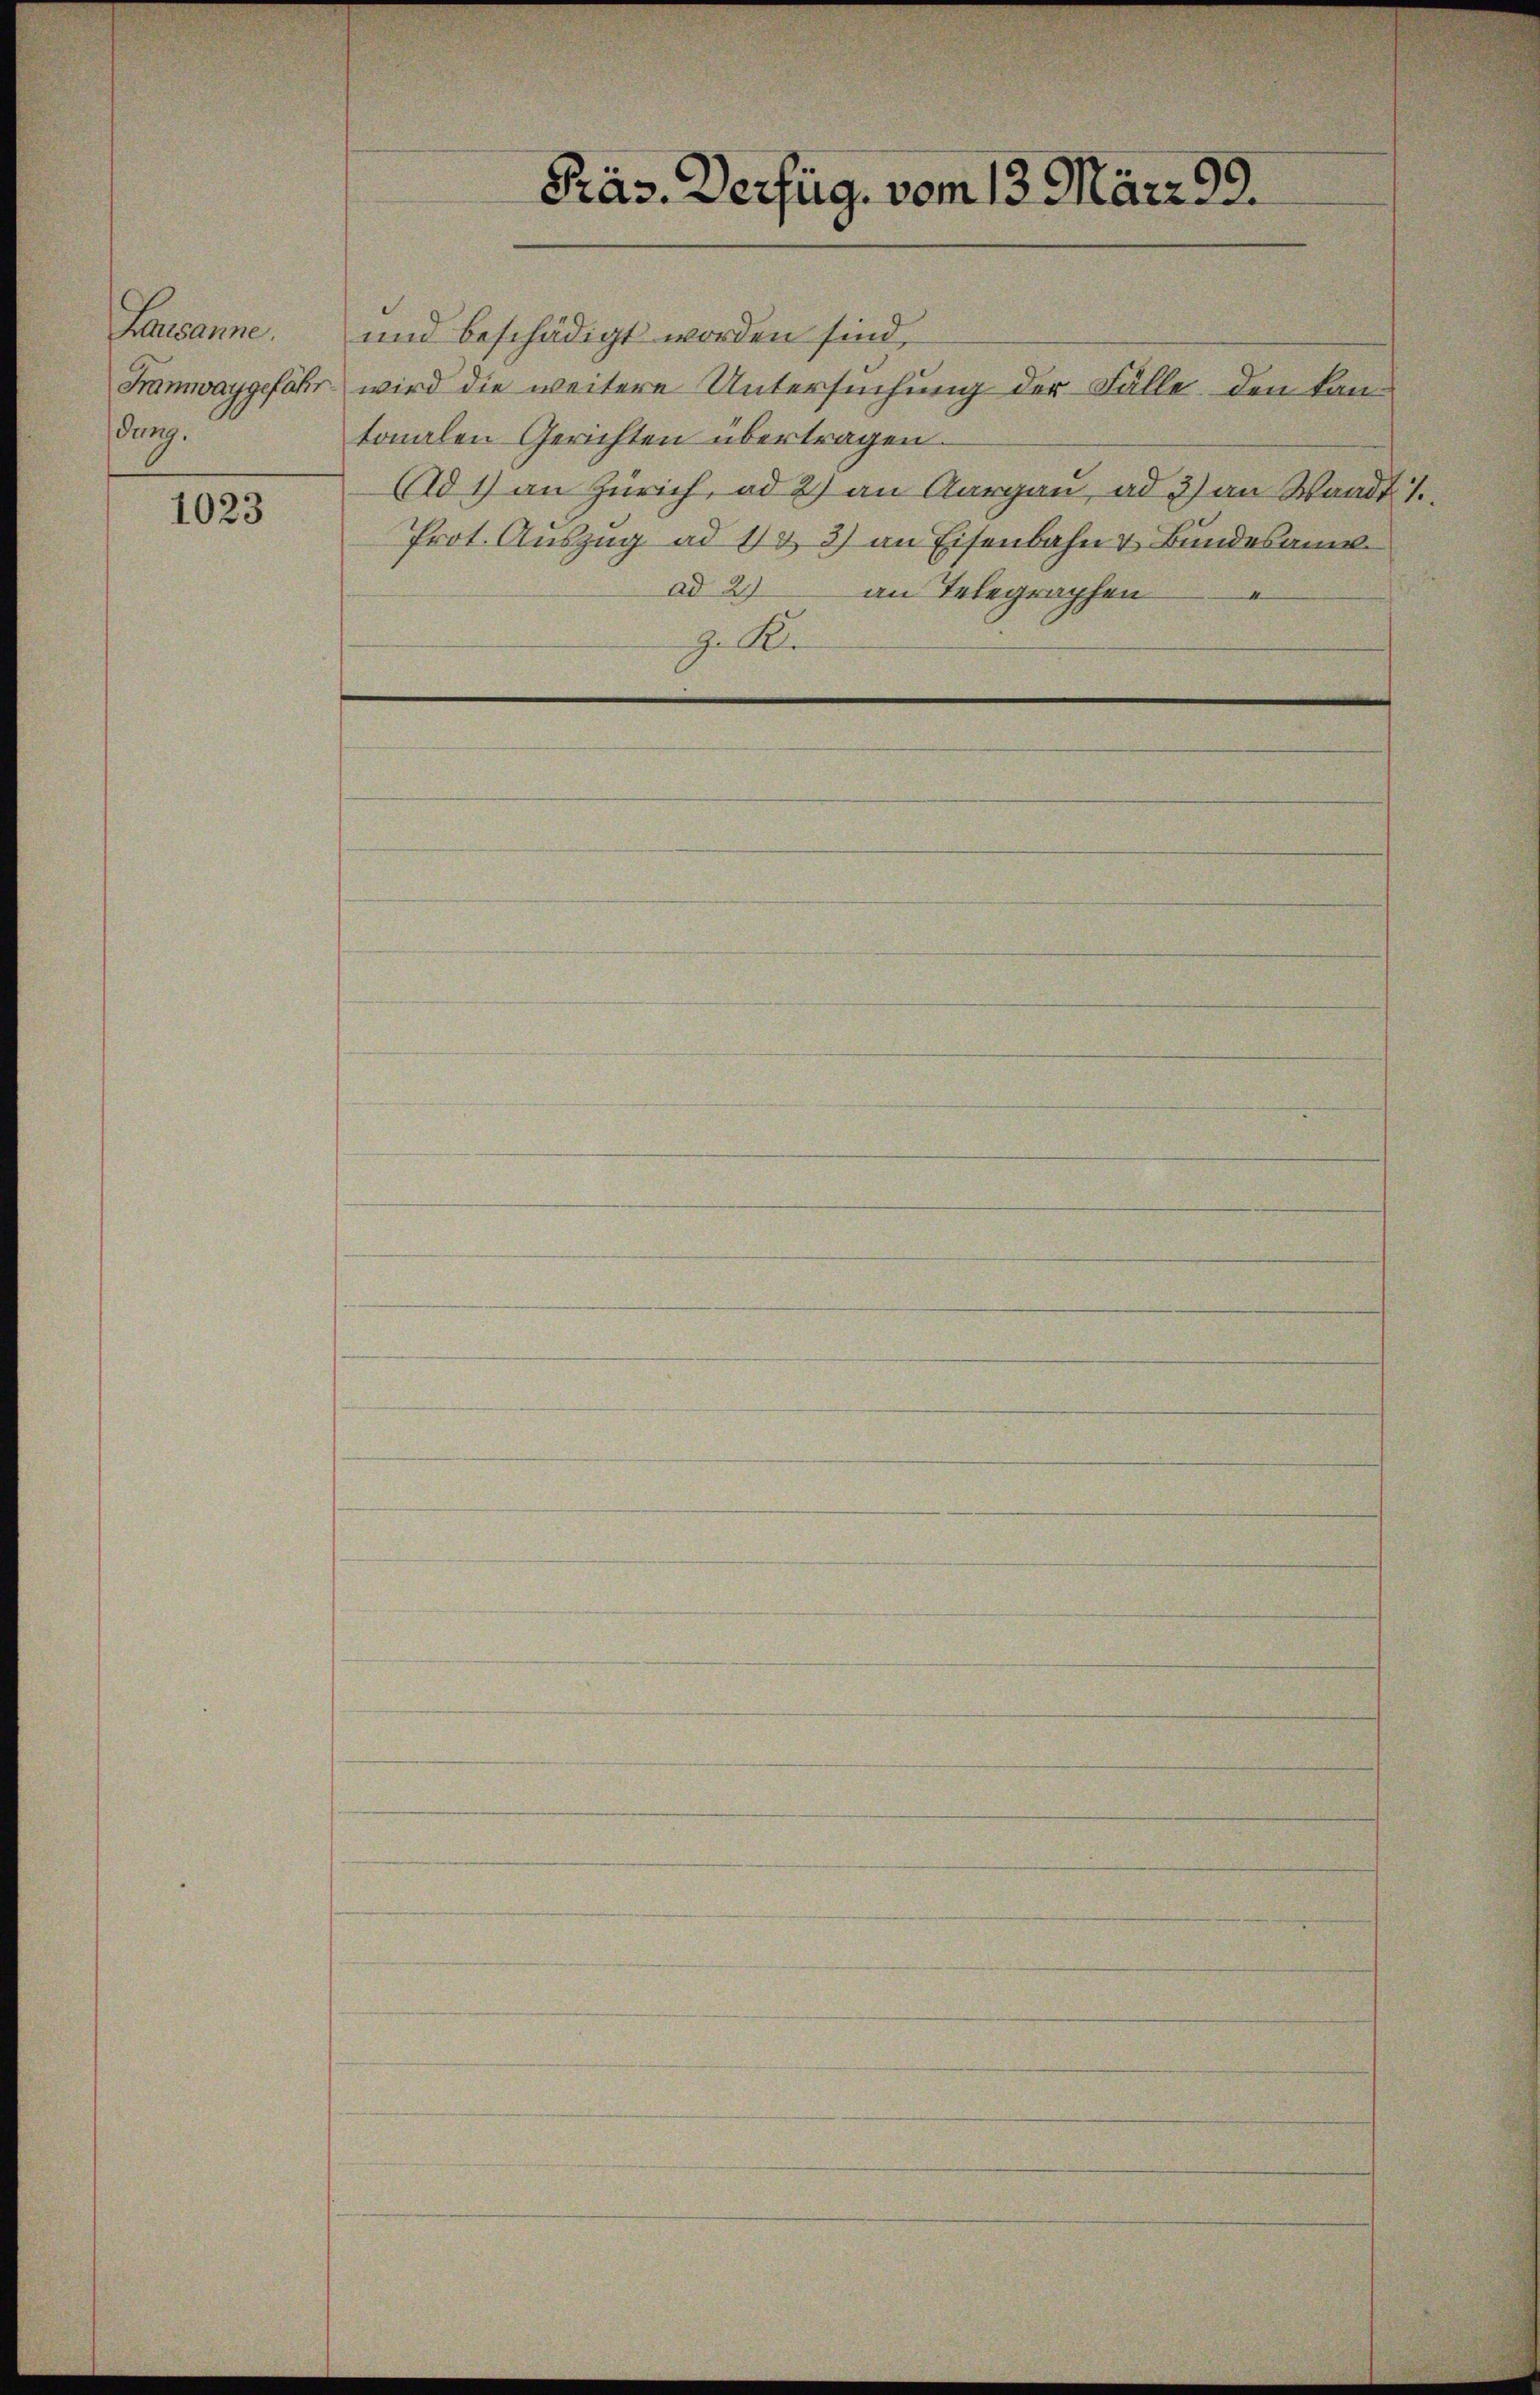
Lausanne.
dung.

1023

Präs. Verfüg, vom 13. März 99.

und beschädigt worden sind,
Framwaygefähr wird die weitere Untersuchung der Fälle, den kan-
tonalen Gerichten übertragen.
Ad1) an Zürich, od 2) an Aargau, ad 3) an Waadt 1
Prot. Auszug ad 133) an Eisenbahn & Bundesam
ad 27
an Telegraphen
z. A